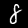
Label: 8